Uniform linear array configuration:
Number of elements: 48
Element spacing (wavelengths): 1
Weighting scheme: exponential
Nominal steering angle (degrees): -60
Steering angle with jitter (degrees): -59.653
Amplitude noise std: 0.05
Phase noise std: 0.05

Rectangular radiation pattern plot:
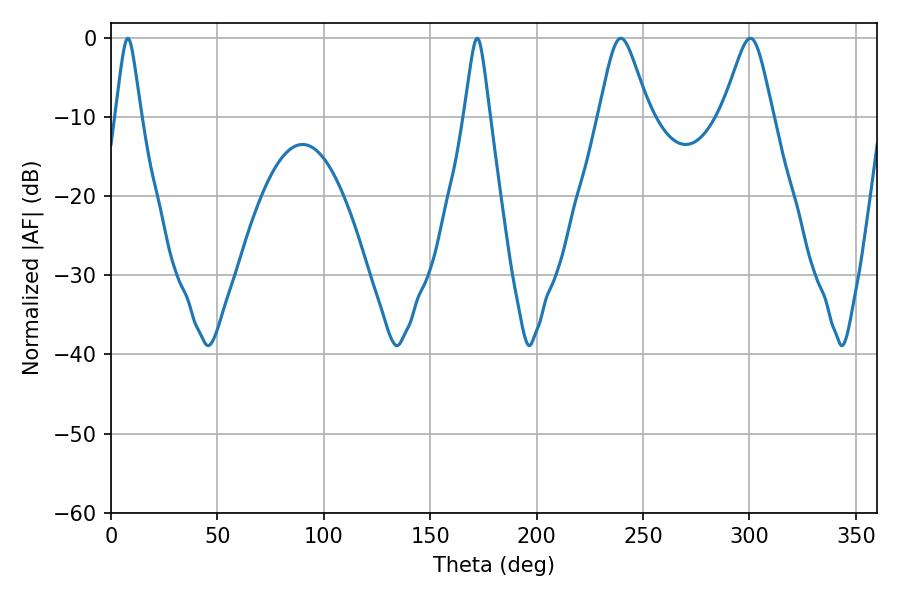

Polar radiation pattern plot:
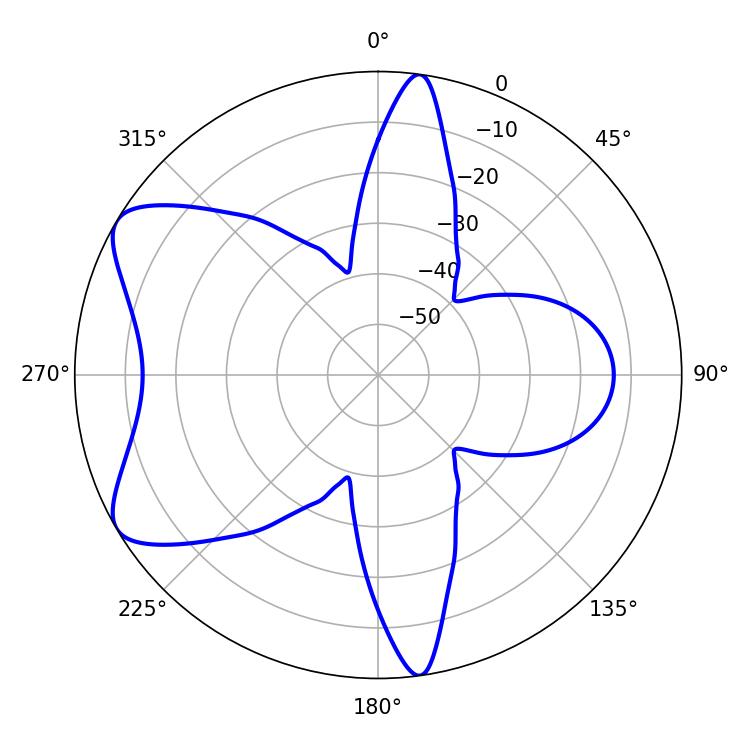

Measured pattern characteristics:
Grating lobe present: TRUE
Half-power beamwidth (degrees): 11.34
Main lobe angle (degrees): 239.58